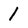
Character: 1